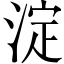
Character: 淀